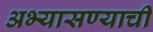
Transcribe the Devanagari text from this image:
अभ्यासण्याची